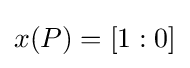
x(P)=[1:0]